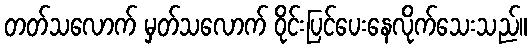
တတ်သလောက် မှတ်သလောက် ဝိုင်းပြင်ပေးနေလိုက်သေးသည်။